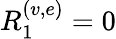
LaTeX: R_{1}^{(v,e)}=0